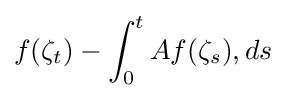
f(\zeta _{t})-\int _{0}^{t}Af(\zeta _{s}),ds